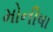
મોનીષા